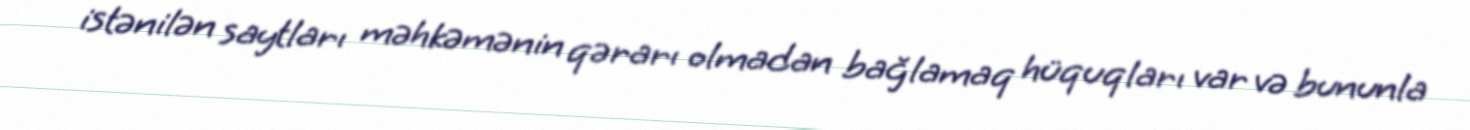
istənilən saytları məhkəmənin qərarı olmadan bağlamaq hüquqları var və bununla